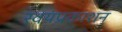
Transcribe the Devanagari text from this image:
स्वयंप्रकाशन